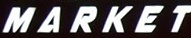
MARKET